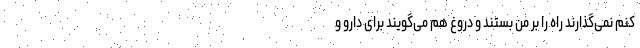
کنم نمی‌گذارند راه را بر من بستند و دروغ هم می‌گویند برای دارو و